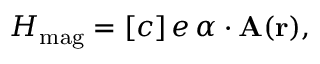
H _ { \mathrm { m a g } } = [ c ] \, e \, \boldsymbol \alpha \cdot \mathbf { A } ( \mathbf { r } ) ,